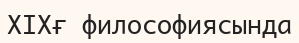
ХІХғ философиясында